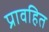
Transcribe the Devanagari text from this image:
प्रावहित